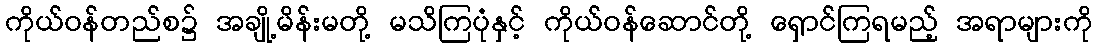
ကိုယ်ဝန်တည်စ၌ အချို့မိန်းမတို့ မသိကြပုံနှင့် ကိုယ်ဝန်ဆောင်တို့ ရှောင်ကြရမည့် အရာများကို